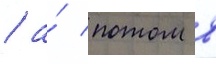
/ а́ потом в